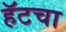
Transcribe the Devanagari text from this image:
हॅटचा